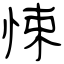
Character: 悚